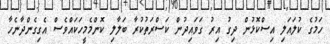
ހަމުގެ ކުލައަލި އިސްކޮޅުން ދިގު އިރު ގަވައިދުން ކަސްރަތުކުރާ ބަލާލި ކޮންމެމީހަކައްވެސް އެގިގެންދާނެހާ